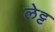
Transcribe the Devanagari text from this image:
लेट्ट